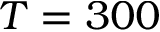
T = 3 0 0